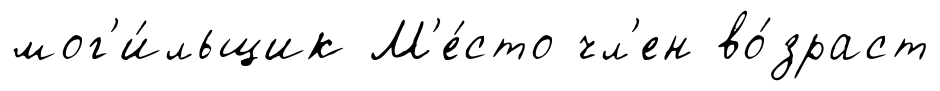
мог'и́льщик М'е́сто чл'ен во́зраст